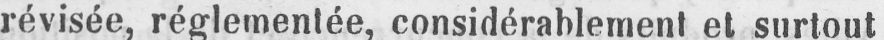
révisée, réglementée, considérablement et surtout